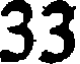
33